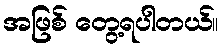
အဖြစ် တွေ့ရပါတယ်။